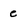
Character: e